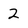
Character: 2